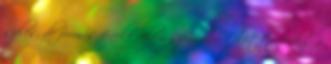
széles, de formás feneke velem szemben. Fölötte pedig a